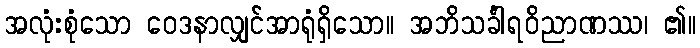
အလုံးစုံသော ဝေဒနာလျှင်အာရုံရှိသော။ အဘိသင်္ခါရဝိညာဏဿ၊ ၏။